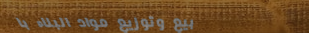
بيع وتوزيع مواد البناء با